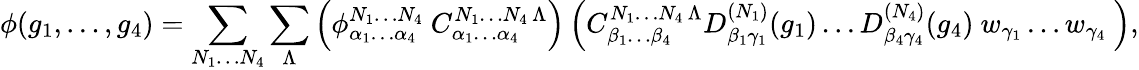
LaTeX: \phi(g_{1},\ldots,g_{4})=\sum_{N_{1}\ldots N_{4}}\sum_{\Lambda}\left(\phi_{\alpha_{1}\ldots\alpha_{4}}^{N_{1}\ldots N_{4}}\ C_{\alpha_{1}\ldots\alpha_{4}}^{N_{1}\ldots N_{4}\, \Lambda}\right)\left({C}_{\beta_{1}\ldots\beta_{4}}^{N_{1}\ldots N_{4}\, \Lambda}D_{\beta_{1}\gamma_{1}}^{(N_{1})}(g_{1})\ldots D_{\beta_{4}\gamma_{4}}^{(N_{4})}(g_{4})\ w_{\gamma_{1}}\ldots w_{\gamma_{4}}\ \right),